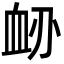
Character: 䘐